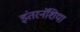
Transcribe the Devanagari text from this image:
इंतरनॅशिया